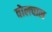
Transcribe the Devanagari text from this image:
वोलचाल